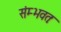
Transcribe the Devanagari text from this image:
संम्भवतः